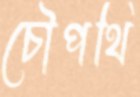
চৌপথি